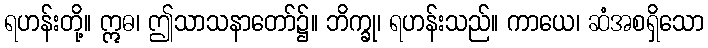
ရဟန်းတို့။ ဣဓ၊ ဤသာသနာတော်၌။ ဘိက္ခု၊ ရဟန်းသည်။ ကာယေ၊ ဆံအစရှိသော